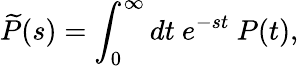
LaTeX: {\widetilde P}(s)=\int_{0}^{\infty}dt\ e^{-st}\ P(t),